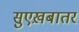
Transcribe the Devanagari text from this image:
सुएख़बातर